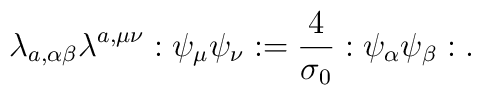
\lambda_{a,\alpha \beta} \lambda^{a,\mu \nu} :\psi_{\mu} \psi_{\nu}:    = \frac{4}{\sigma_{0}} :\psi_{\alpha} \psi_{\beta}:.